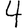
Digit: 4